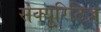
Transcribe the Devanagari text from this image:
सेक्युरिटिज़